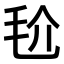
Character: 𣬫